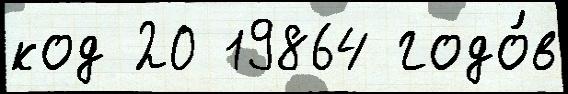
код 20 19864 годо́в